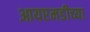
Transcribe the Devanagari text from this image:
आयएमडीच्या